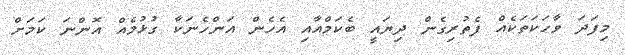
މިފަދަ ވާހަކަތަކެއް ފެތުރިގެން ދިޔައީ ބެކަމްއާއި އެހެން އަންހެނަކާ ގުޅުމެއް އޮންނަ ކަމަށް